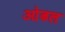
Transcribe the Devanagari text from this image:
ओढल